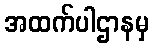
အထက်ပါဌာနမှ